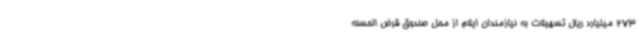
273 میلیارد ریال تسهیلات به نیازمندان ایلام از محل صندوق قرض الحسنه